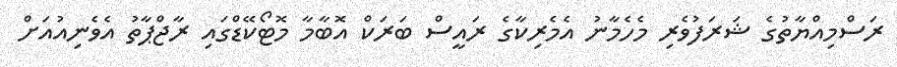
ރަސްމިއްޔާތުގެ ޝަރަފުވެރި މެހެމާނު އެމެރިކާގެ ރައީސް ބަރަކް އޮބާމާ މޮޓޯކޭޑްގައި ރާޖްޕާތު އެވެނިއުއަށް